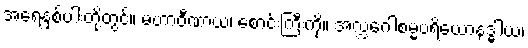
အရေနှစ်ပါးတို့တွင်။ မဟာဝီဏာယ၊ စောင်းကြီးကို။ အလ္လဂေါစမ္မပရိယောနဒ္ဓါယ၊